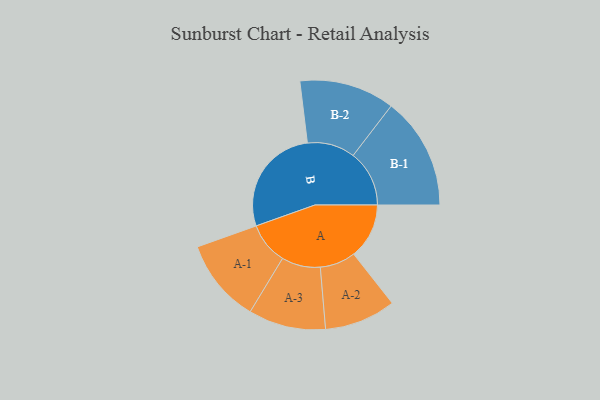
{"axis": {"x": "Segment", "y": "Value"}, "legend": ["", "A", "B"], "data": [{"x": "A", "y": 222, "type": ""}, {"x": "B", "y": 440, "type": ""}, {"x": "A-1", "y": 168, "type": "A"}, {"x": "A-2", "y": 143, "type": "A"}, {"x": "A-3", "y": 155, "type": "A"}, {"x": "B-1", "y": 225, "type": "B"}, {"x": "B-2", "y": 191, "type": "B"}]}